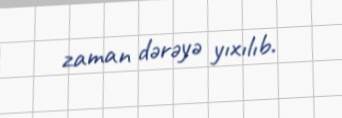
zaman dərəyə yıxılıb.